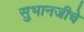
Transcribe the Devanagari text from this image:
सुभानजीचे